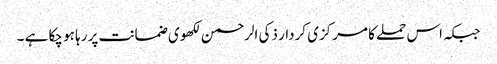
جبکہ اس حملے کا مرکزی کردار ذکی الرحمن لکھوی ضمانت پر رہا ہو چکا ہے ۔